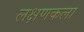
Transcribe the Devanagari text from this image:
लक्षणकला